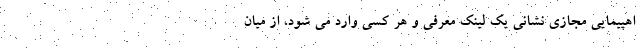
اهپیمایی مجازی نشانی یک لینک معرفی و هر کسی وارد می شود، از میان